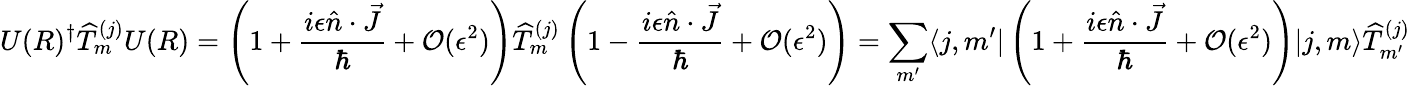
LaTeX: U(R)^{\dagger}{\widehat{T}}_{m}^{(j)}U(R)=\left(1+{\frac{i\epsilon{\hat{n}}\cdot{\vec{J}}}{\hbar}}+{\mathcal{O}}(\epsilon^{2})\right){\widehat{T}}_{m}^{(j)}\left(1-{\frac{i\epsilon{\hat{n}}\cdot{\vec{J}}}{\hbar}}+{\mathcal{O}}(\epsilon^{2})\right)=\sum_{m^{\prime}}\langle j,m^{\prime}|\left(1+{\frac{i\epsilon{\hat{n}}\cdot{\vec{J}}}{\hbar}}+{\mathcal{O}}(\epsilon^{2})\right)|j,m\rangle{\widehat{T}}_{m^{\prime}}^{(j)}